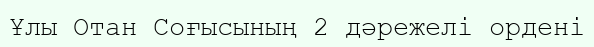
Ұлы Отан Соғысының 2 дәрежелі ордені